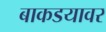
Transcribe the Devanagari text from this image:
बाकडयावर